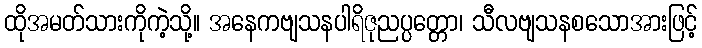
ထိုအမတ်သားကိုကဲ့သို့။ အနေကဗျသနပါရိဇုညပ္ပတ္တော၊ သီလဗျသနစသောအားဖြင့်